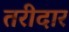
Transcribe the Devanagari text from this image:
तरीदार